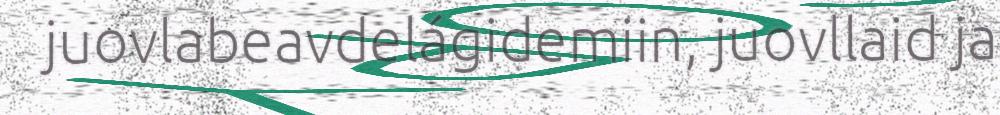
juovlabeavdelágidemiin, juovllaid ja